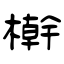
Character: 檊